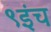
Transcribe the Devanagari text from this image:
९इंच